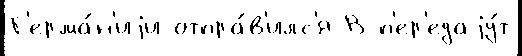
Г'ерма́н'иjи отпра́в'илс'я В п'ер'едаjу́т